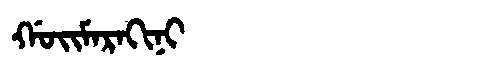
Manchu: ᡤᠣᡳᠮᠠᡵᠠᡴᡳᠨᡳ
Romanization: GOIMARAKINI